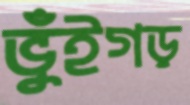
ভুঁইগড়